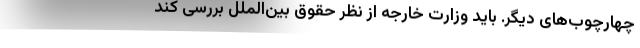
چهارچوب‌های دیگر. باید وزارت خارجه از نظر حقوق بین‌الملل بررسی کند